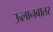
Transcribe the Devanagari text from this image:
ऊलानबातर